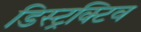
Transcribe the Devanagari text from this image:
डिस्ट्रक्टिव